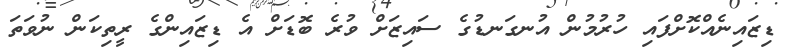
ޑިޒައިނެއްކޮށްފައި ހުރުމުން އުނގަނޑުގެ ސައިޒަށް ވުރެ ބޮޑަށް އެ ޑިޒައިންގެ ރީތިކަން ނުވަތަ